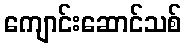
ကျောင်းဆောင်သစ်